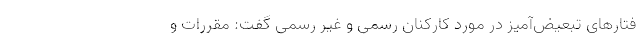
فتارهای تبعیض‌آمیز در مورد کارکنان رسمی و غیر رسمی گفت: مقررات و